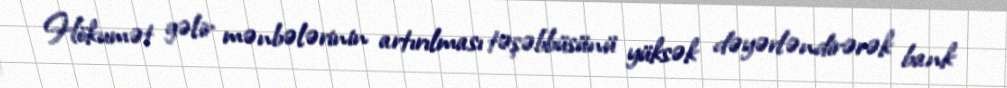
Hökumət gəlir mənbələrinin artırılması təşəbbüsünü yüksək dəyərləndirərək bank